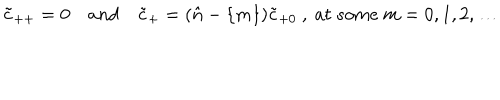
LaTeX: \tilde { c } _ { + + } = 0 \quad a n d \quad \tilde { c } _ { + } = ( { \hat { n } } - \{ m \} ) \tilde { c } _ { + 0 } \ , \ a t \ s o m e \ m = 0 , 1 , 2 , \dots